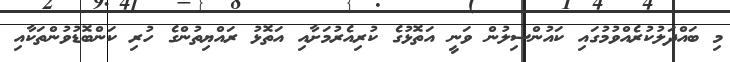
މި ބައްދަލުކުރެއްވުމުގައި ކައުންސިލުން ވަނީ އަތޮޅުގެ ކުރިއެރުމަށާއި އަތޮޅު ރައްޔިތުންގެ ހުރި ކަންބޮޑުވުންތަކާއި